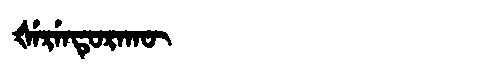
Manchu: ᡧᡝᡵᡝᠨᡨᡠᡵᠠᡴᡡ
Romanization: ŠERENTURAKŪ